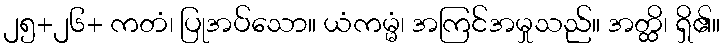
၂၅+၂၆+ ကတံ၊ ပြုအပ်သော။ ယံကမ္မံ၊ အကြင်အမှုသည်။ အတ္ထိ၊ ရှိ၏။